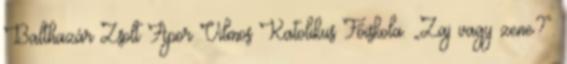
Balthazár Zsolt Apor Vilmos Katolikus Főiskola. „Zaj vagy zene?”.